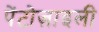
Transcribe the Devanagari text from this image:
पेंटोज़ाइली